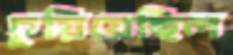
চুয়িয়েছিল